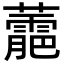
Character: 蘎